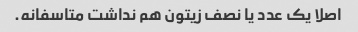
اصلا یک عدد یا نصف زیتون هم نداشت متاسفانه.